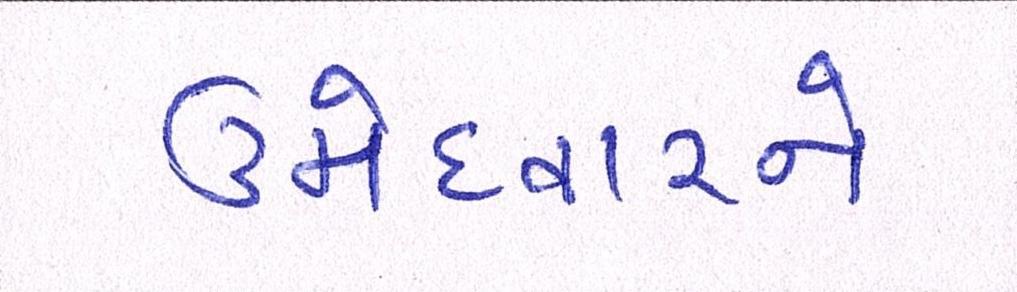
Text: ઉમેદવારને